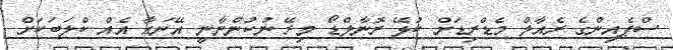
ސްޕެއިންގެ ރެއާލް މެޑްރިޑަށް ކުޅޭ ރޮނާލްޑޯ މިރޭ ނުކުންނާނީ އޭނައާ އެއް ކްލަބަކަށް